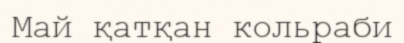
Май қатқан кольраби